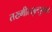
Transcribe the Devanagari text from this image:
तख्मीस्सुल्लुगात